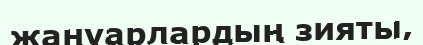
жануарлардың зияты,